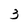
Character: 3